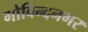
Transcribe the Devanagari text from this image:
गोविन्‍दनगर